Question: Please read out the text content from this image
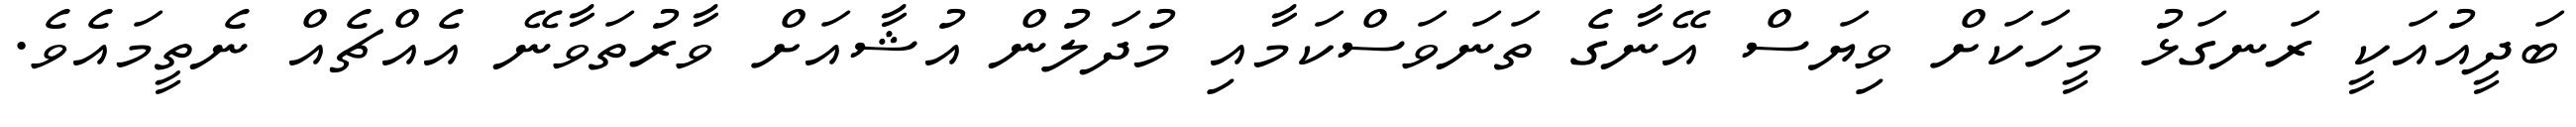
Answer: ބަދީއުއަކީ ރަނގަޅު މީހަކަށް ވިޔަސް އޭނާގެ ތަނަވަސްކަމާއި މުދަލުން އުޝާއަށް ވާރުތަވާނޭ އެއްޗެއް ނެތީމައެވެ.